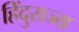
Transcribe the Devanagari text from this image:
हिंदुराज्य